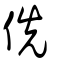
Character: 侁